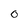
Character: O